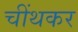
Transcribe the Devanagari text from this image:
चींथकर